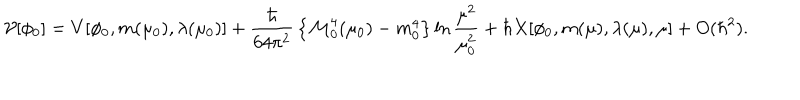
{ \cal V } [ \phi _ { 0 } ] = V [ \phi _ { 0 } , m ( \mu _ { 0 } ) , \lambda ( \mu _ { 0 } ) ] + { \frac { \hbar } { 6 4 \pi ^ { 2 } } } \left\{ { \cal M } _ { 0 } ^ { 4 } ( \mu _ { 0 } ) - m _ { 0 } ^ { 4 } \right\} \ln { \frac { \mu ^ { 2 } } { \mu _ { 0 } ^ { 2 } } } + \hbar X [ \phi _ { 0 } , m ( \mu ) , \lambda ( \mu ) , \mu ] + O ( \hbar ^ { 2 } ) .